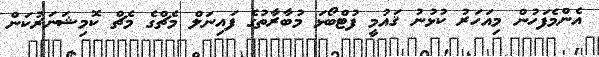
އެންމެފަހުން މިއަހަރު ކުޅުނު ޤައުމީ ފުޓްބޯޅަ މުބާރާތުގެ ފައިނަލް މެޗްގެ މެޗް ކޮމިޝަނަރުކަން